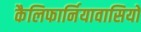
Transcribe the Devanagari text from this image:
कैलिफार्नियावासियों